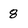
Character: 8